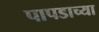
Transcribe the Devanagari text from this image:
पापडाच्या